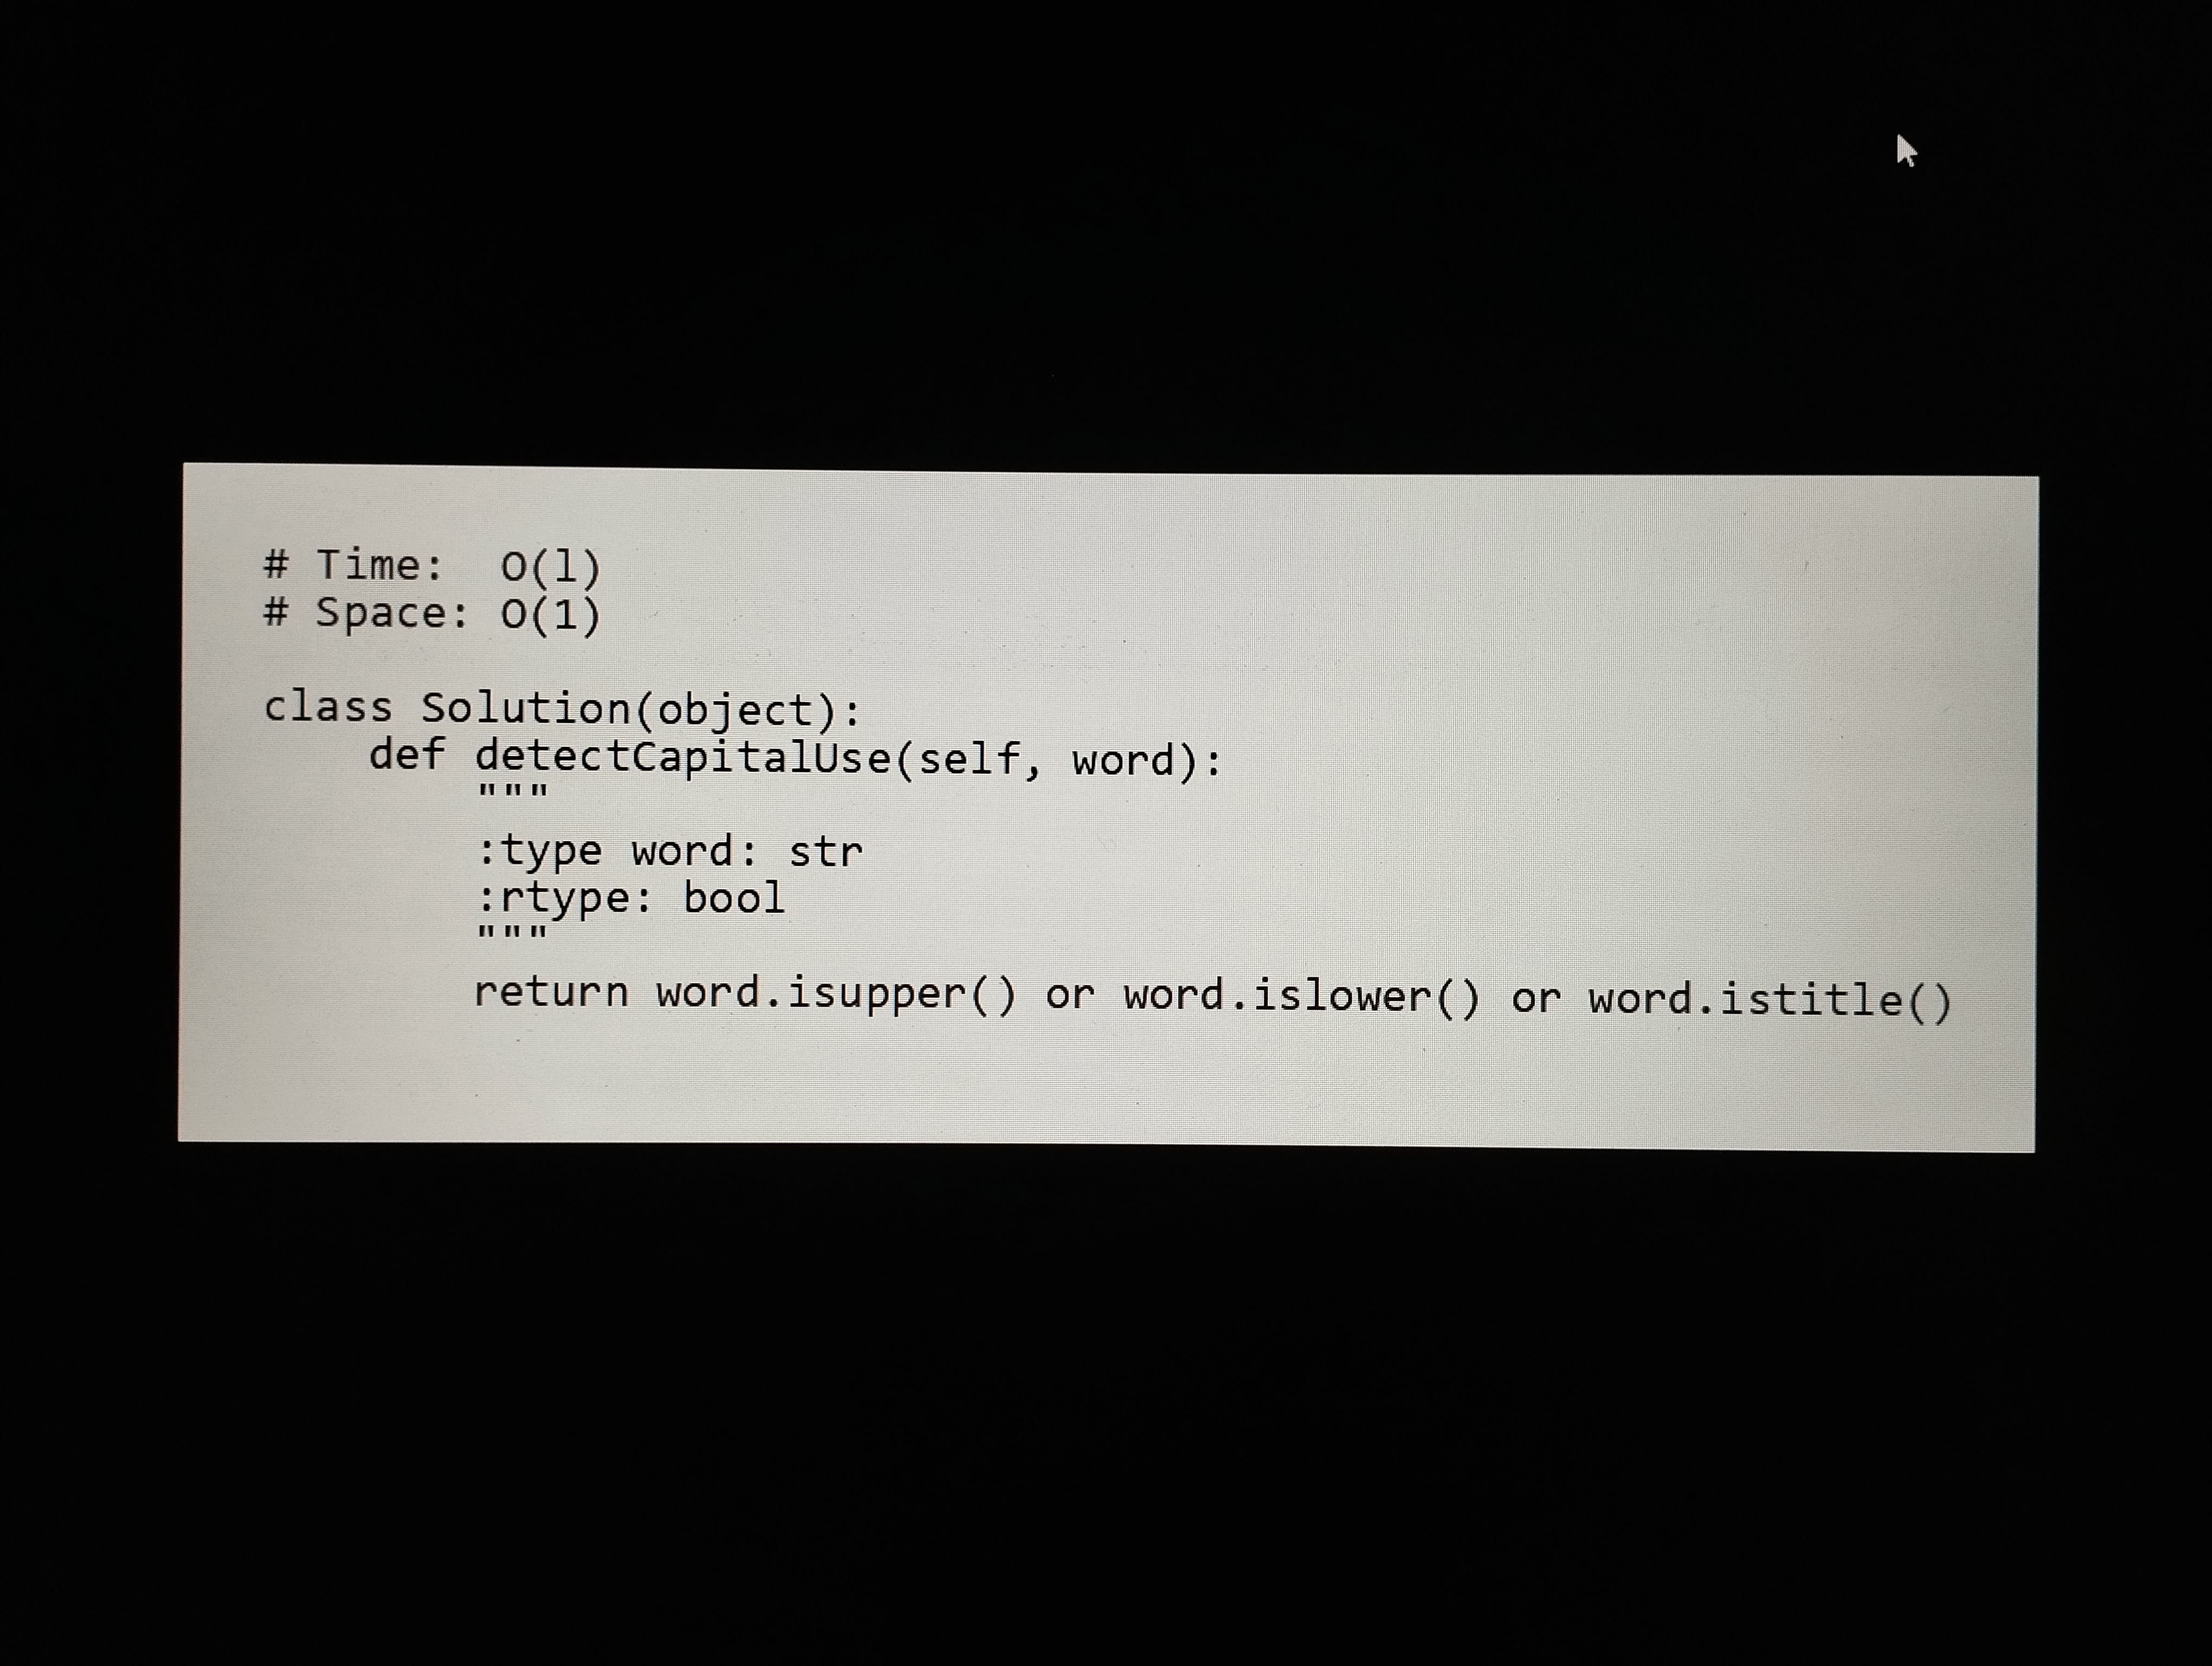
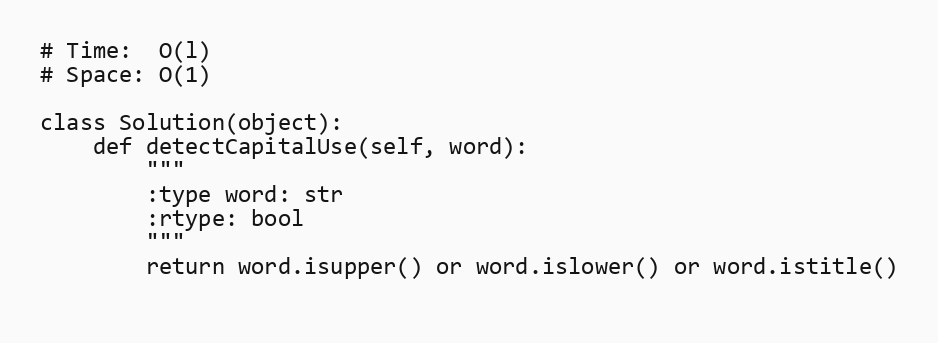
# Time:  O(l)
# Space: O(1)

class Solution(object):
    def detectCapitalUse(self, word):
        """
        :type word: str
        :rtype: bool
        """
        return word.isupper() or word.islower() or word.istitle()